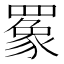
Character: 𬙧